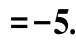
$=-5.$